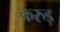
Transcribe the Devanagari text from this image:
करुड़